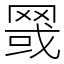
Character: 䍞